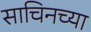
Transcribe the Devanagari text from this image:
साचिनच्या